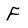
Character: f